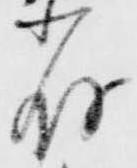
存